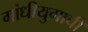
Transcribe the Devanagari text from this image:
गांधीयुगाची